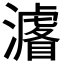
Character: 𭳁